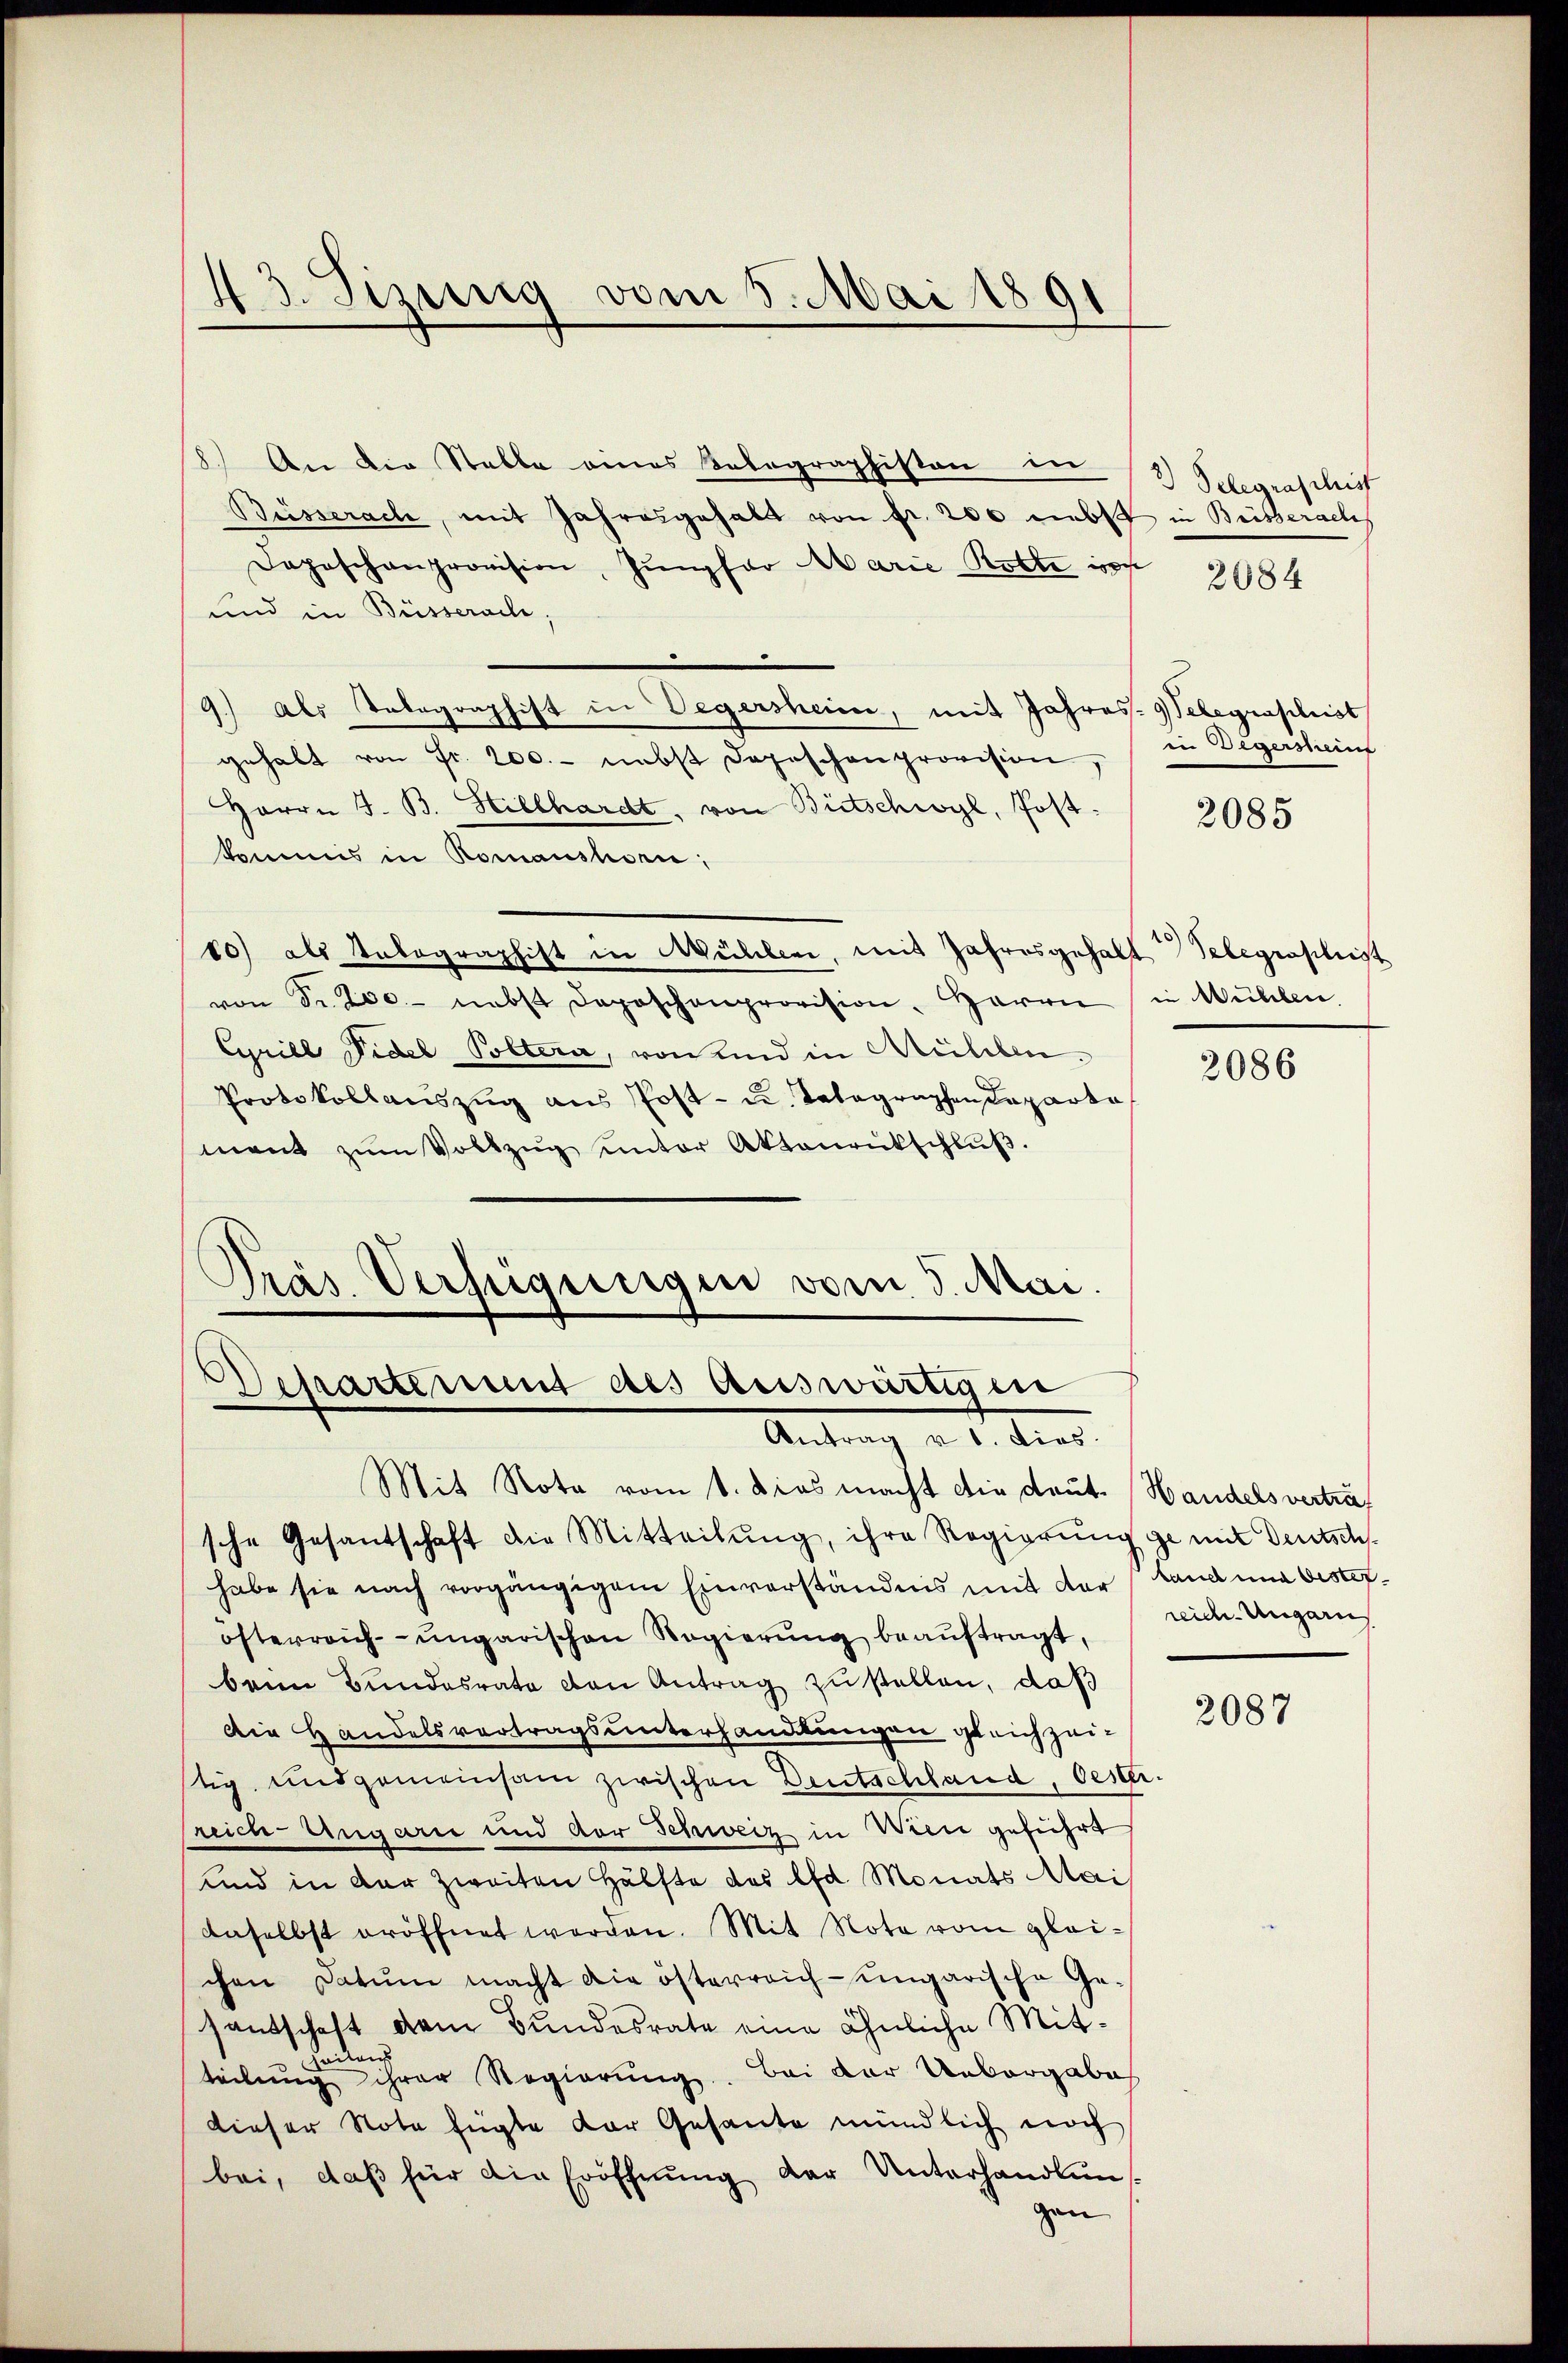
43. Sizung vom 5. Mai 1891

8.) An die Stelle eines Belegraphiston in
Büsserache, mit Jahresgehalt von Fr. 200 nebst in Britterach,
Daposchenprovision, Jungfar Marie Rotte is
und in Büsserach.
.
1.) Als Telegraphist in Vegersheim, mit Jahres-Gelegraphist
gehalt von Fr. 200.- nebst Depeschenprovision,
Herrn J. B. Hillhardt, von Bietschwyl, Postkommis in Romanshorn,
80) als Unbegraphist in Mühler, mit Jahresgehalt Telegraphist
von Sr. 200.- nebst Deposchenprovision. Herrn
Cyrill Videl Poltera, von und in Müllen.
Protokollauszug aus Post- u. Telegraphen Departa
mant zŭm Vollzŭg ŭnter Aktenrütschlŭβ.
Pras Verfügungen vom 5. Mai.

Departement des auswärtigen
Antrag v. 1. dies

Mit Nota vom 1. Dies macht die deut. Handelsvertrasche Gesantschaft die Mitteilŭng, ihre Regierung gemit Deutsch-
habe sie nach vorgängigem Einverständnis mit der Land und besteröfterreich-ungarischen Regierŭng beaŭftragt,
beim Bundesrate den Antrag zu stellen, daß
Die Handelsvertragsunterhandlungen gleichzeitig, und gemeinsam zwischen Deutschland, Oesterreich-Ungarii und der Schweiz in Wien geführt
und in der zweiten Hälfte des lfd. Monats Mai
anselbst eröffnet werden. Mit Note vom gleichen Datum macht die österreich-ungarische Ge-
santschaft dem Bundesrate eine ähnliche Mitteilung ihrer Regierung. Bei der Uebergabah
dieser Note fügte der Gesante mündlich noch
bei, daß für die Eröffnung der Unterhandlun
gen

2) Gelegraschist

2084

in Degermeine

2085

in Mühlen.

2086

reich Ungarns

2087